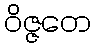
ဝိဇ္ဇတေ